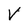
Character: V